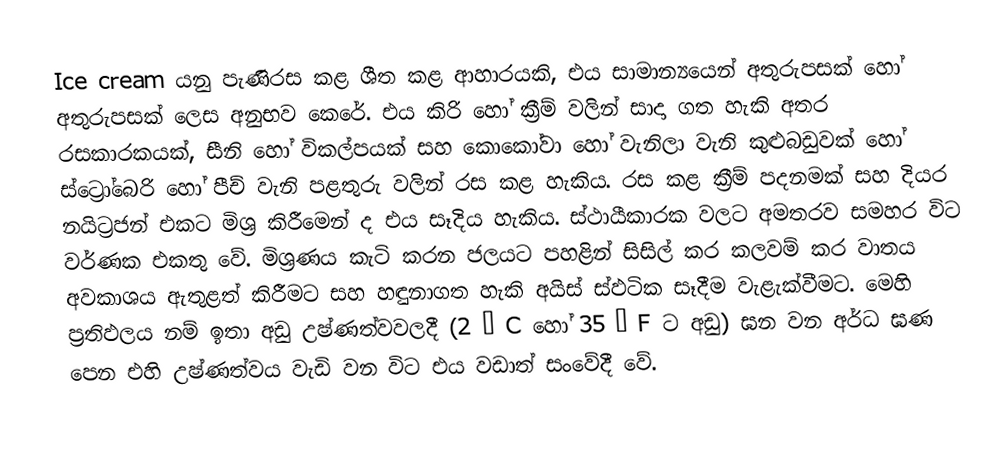
Ice cream යනු පැණිරස කළ ශීත කළ ආහාරයකි, එය සාමාන්‍යයෙන් අතුරුපසක් හෝ අතුරුපසක් ලෙස අනුභව කෙරේ.  එය කිරි හෝ ක්‍රීම් වලින් සාදා ගත හැකි අතර රසකාරකයක්, සීනි හෝ විකල්පයක් සහ කොකෝවා හෝ වැනිලා වැනි කුළුබඩුවක් හෝ ස්ට්‍රෝබෙරි හෝ පීච් වැනි පළතුරු වලින් රස කළ හැකිය.  රස කළ ක්‍රීම් පදනමක් සහ දියර නයිට්‍රජන් එකට මිශ්‍ර කිරීමෙන් ද එය සෑදිය හැකිය.  ස්ථායීකාරක වලට අමතරව සමහර විට වර්ණක එකතු වේ.  මිශ්‍රණය කැටි කරන ජලයට පහළින් සිසිල් කර කලවම් කර වාතය අවකාශය ඇතුළත් කිරීමට සහ හඳුනාගත හැකි අයිස් ස්ඵටික සෑදීම වැළැක්වීමට.  මෙහි ප්‍රතිඵලය නම් ඉතා අඩු උෂ්ණත්වවලදී (2 ° C හෝ 35 ° F ට අඩු) ඝන වන අර්ධ ඝණ පෙන  එහි උෂ්ණත්වය වැඩි වන විට එය වඩාත් සංවේදී වේ.